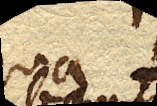
aqua